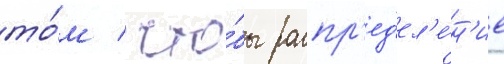
то́м / что́бы распр'ед'ел'е́н'ие